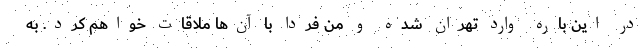
در این باره وارد تهران شده و من فردا با آن‌ها ملاقات خواهم کرد. به